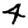
Digit: 4